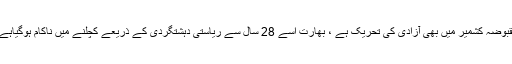
مقبوضہ کشمیر میں بھی آزادی کی تحریک ہے ، بھارت اسے 28 سال سے ریاستی دہشتگردی کے ذریعے کچلنے میں ناکام ہوگیاہے ۔